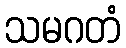
သမဂတံ